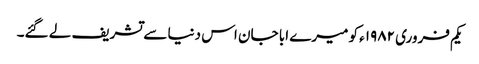
یکم فروری ۱۹۸۲ء کو میرے ابا جان اس دنیا سے تشریف لے گئے۔